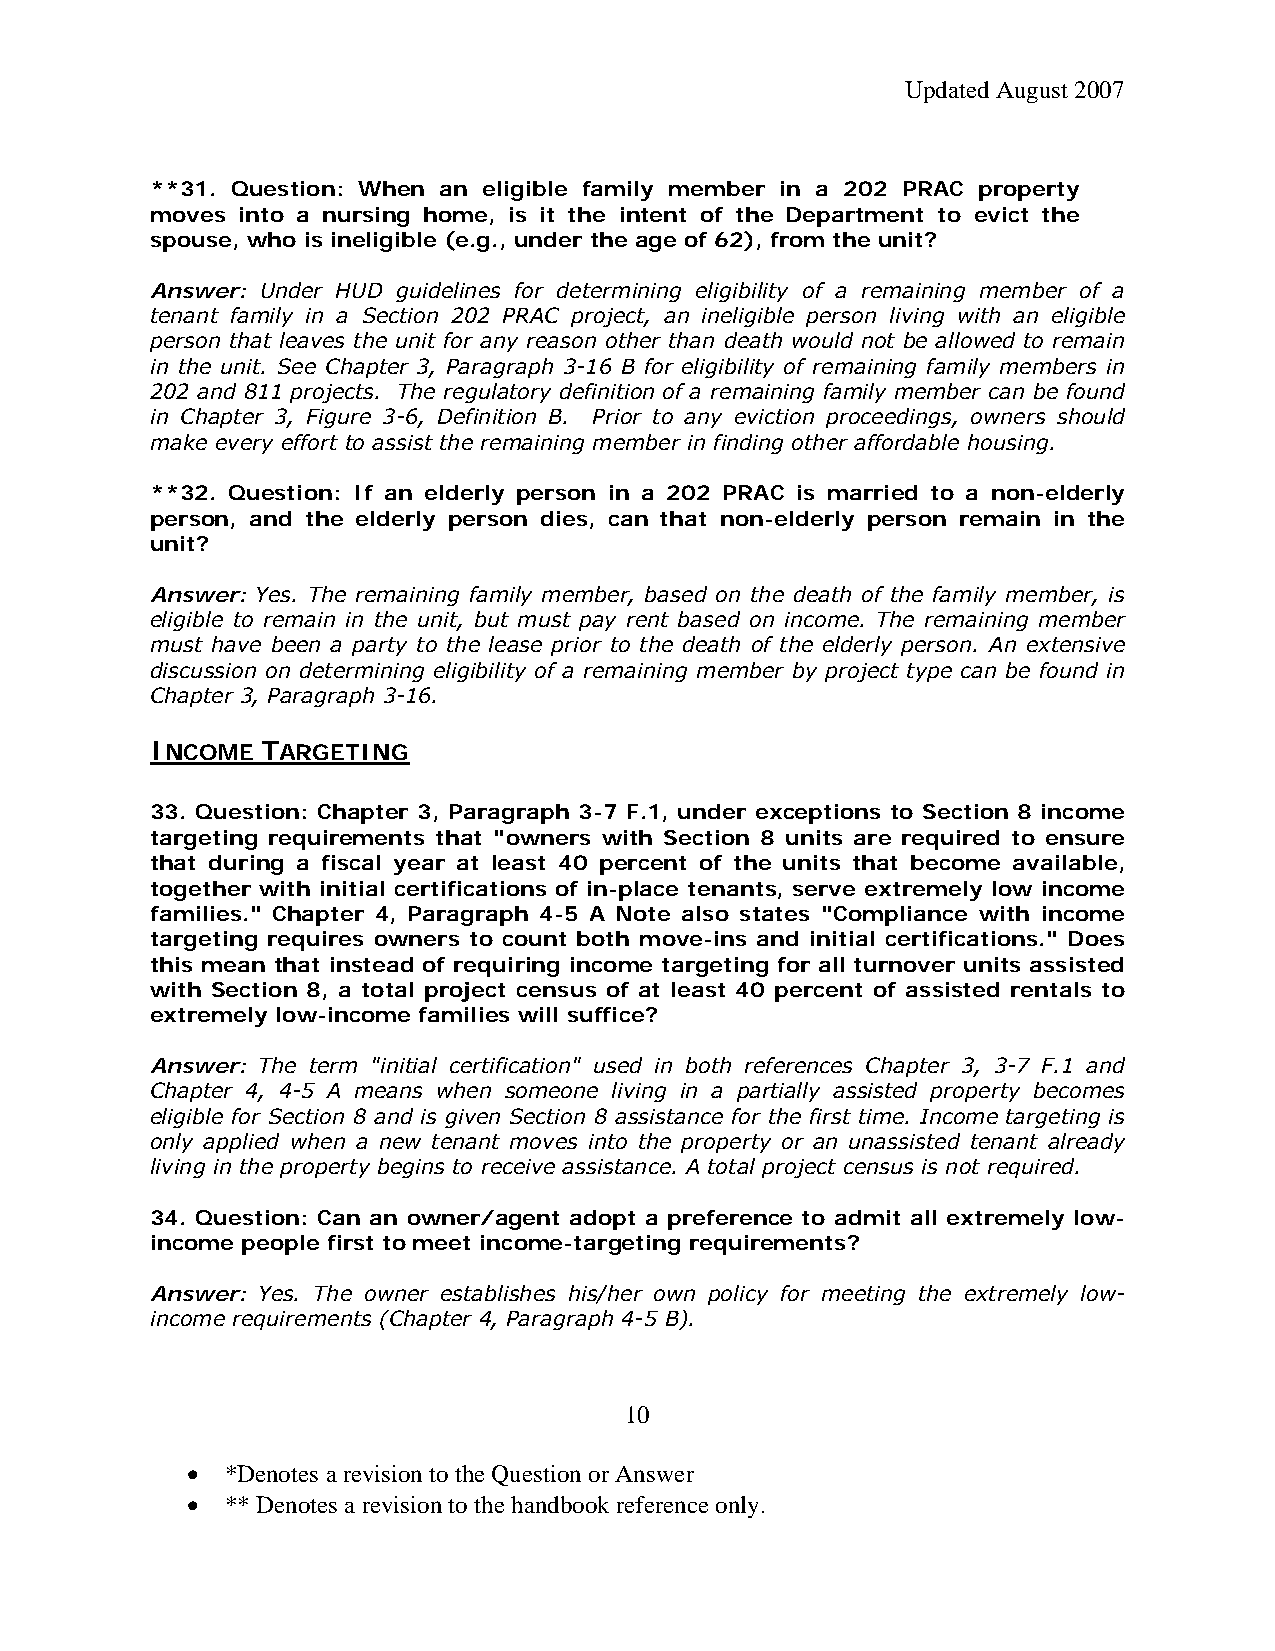
Updated August 2007
 **31. Question: When an eligible family member in a 202 PRAC property
 moves into a nursing home, is it the intent of the Department to evict the
 spouse, who is ineligible (e.g., under the age of 62), from the unit?
 Answer: Under HUD guidelines for determining eligibility of a remaining member of a
 tenant family in a Section 202 PRAC project, an ineligible person living with an eligible
 person that leaves the unit for any reason other than death would not be allowed to remain
 in the unit. See Chapter 3, Paragraph 3-16 B for eligibility of remaining family members in
 202 and 811 projects. The regulatory definition of a remaining family member can be found
 in Chapter 3, Figure 3-6, Definition B. Prior to any eviction proceedings, owners should
 make every effort to assist the remaining member in finding other affordable housing.
 **32. Question: If an elderly person in a 202 PRAC is married to a non-elderly
 person, and the elderly person dies, can that non-elderly person remain in the
 unit?
 Answer: Yes. The remaining family member, based on the death of the family member, is
 eligible to remain in the unit, but must pay rent based on income. The remaining member
 must have been a party to the lease prior to the death of the elderly person. An extensive
 discussion on determining eligibility of a remaining member by project type can be found in
 Chapter 3, Paragraph 3-16.
 INCOME TARGETING
 33. Question: Chapter 3, Paragraph 3-7 F.1, under exceptions to Section 8 income
 targeting requirements that "owners with Section 8 units are required to ensure
 that during a fiscal year at least 40 percent of the units that become available,
 together with initial certifications of in-place tenants, serve extremely low income
 families." Chapter 4, Paragraph 4-5 A Note also states "Compliance with income
 targeting requires owners to count both move-ins and initial certifications." Does
 this mean that instead of requiring income targeting for all turnover units assisted
 with Section 8, a total project census of at least 40 percent of assisted rentals to
 extremely low-income families will suffice?
 Answer: The term "initial certification" used in both references Chapter 3, 3-7 F.1 and
 Chapter 4, 4-5 A means when someone living in a partially assisted property becomes
 eligible for Section 8 and is given Section 8 assistance for the first time. Income targeting is
 only applied when a new tenant moves into the property or an unassisted tenant already
 living in the property begins to receive assistance. A total project census is not required.
 34. Question: Can an owner/agent adopt a preference to admit all extremely low-
 income people first to meet income-targeting requirements?
 Answer: Yes. The owner establishes his/her own policy for meeting the extremely low-
 income requirements (Chapter 4, Paragraph 4-5 B).
 10
 •  *Denotes a revision to the Question or Answer
 •  ** Denotes a revision to the handbook reference only.